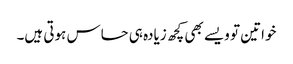
خواتین تو ویسے بھی کچھ زیادہ ہی حساس ہوتی ہیں۔